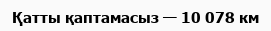
Қатты қаптамасыз — 10 078 км